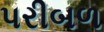
પરીબળ